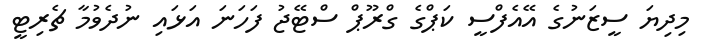
މިދިޔަ ސީޒަނުގެ އޭއެފްސީ ކަޕްގެ ގްރޫޕް ސްޓޭޖު ފަހަނަ އަޅައި ނުދެވުމާ ޗެރިޓީ